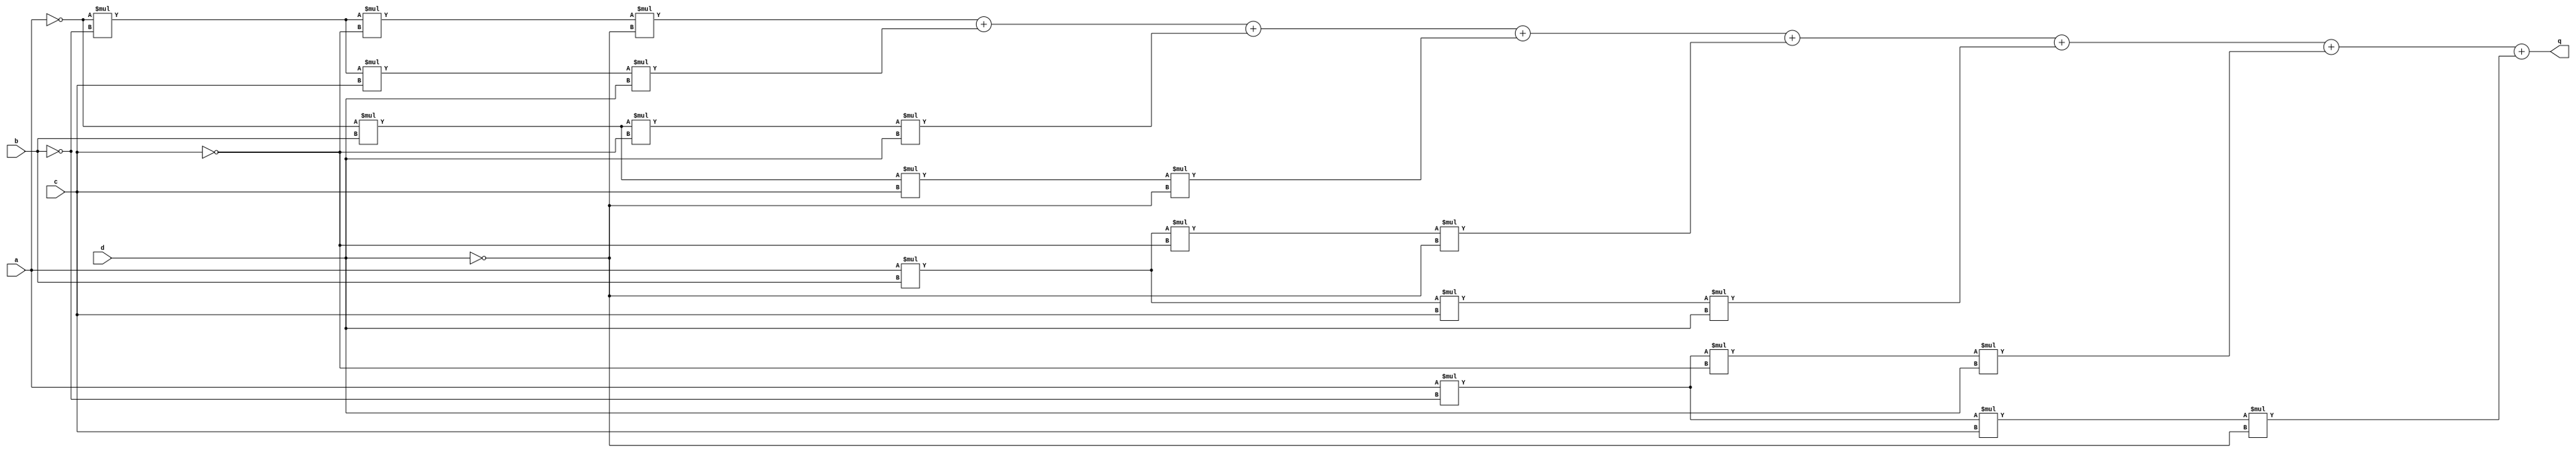
module top_module (
    input a,
    input b,
    input c,
    input d,
    output q );//
    wire n_a, n_b, n_c, n_d;
    assign n_a = ~a;
    assign n_b = ~b;
    assign n_c = ~c;
    assign n_d = ~d;
    
    assign q = n_a*n_b*n_c*n_d + n_a*n_b*c*d + n_a*b*n_c*d + n_a*b*c*n_d + a*b*n_c*n_d + a*b*c*d + a*n_b*n_c*d + a*n_b*c*n_d; // Fix me

endmodule